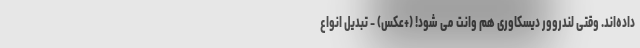
داده‌اند. وقتی لندروور دیسکاوری هم وانت می شود! (+عکس) - تبدیل انواع